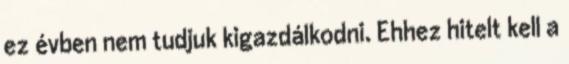
ez évben nem tudjuk kigazdálkodni. Ehhez hitelt kell a